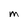
Character: M